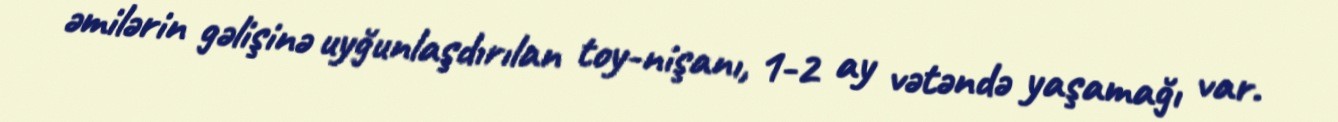
əmilərin gəlişinə uyğunlaşdırılan toy-nişanı, 1-2 ay vətəndə yaşamağı var.